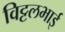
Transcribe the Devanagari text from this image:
विट्टलभाई